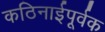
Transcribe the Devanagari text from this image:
कठिनाईपूर्वक